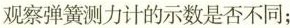
观察弹簧测力计的示数是否不同；